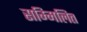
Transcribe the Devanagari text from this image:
सम्‍मिलित